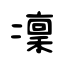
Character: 凜